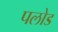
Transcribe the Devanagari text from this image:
पलोड